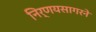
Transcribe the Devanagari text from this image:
निर्णयसागरने